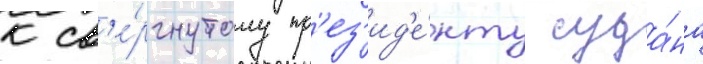
к св'е́ргнутому пр'ез'ид'е́нту суда́на